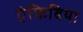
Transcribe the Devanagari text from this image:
एंफ़िबिया